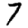
Digit: 7